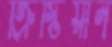
ক্রিস্টিয়ান